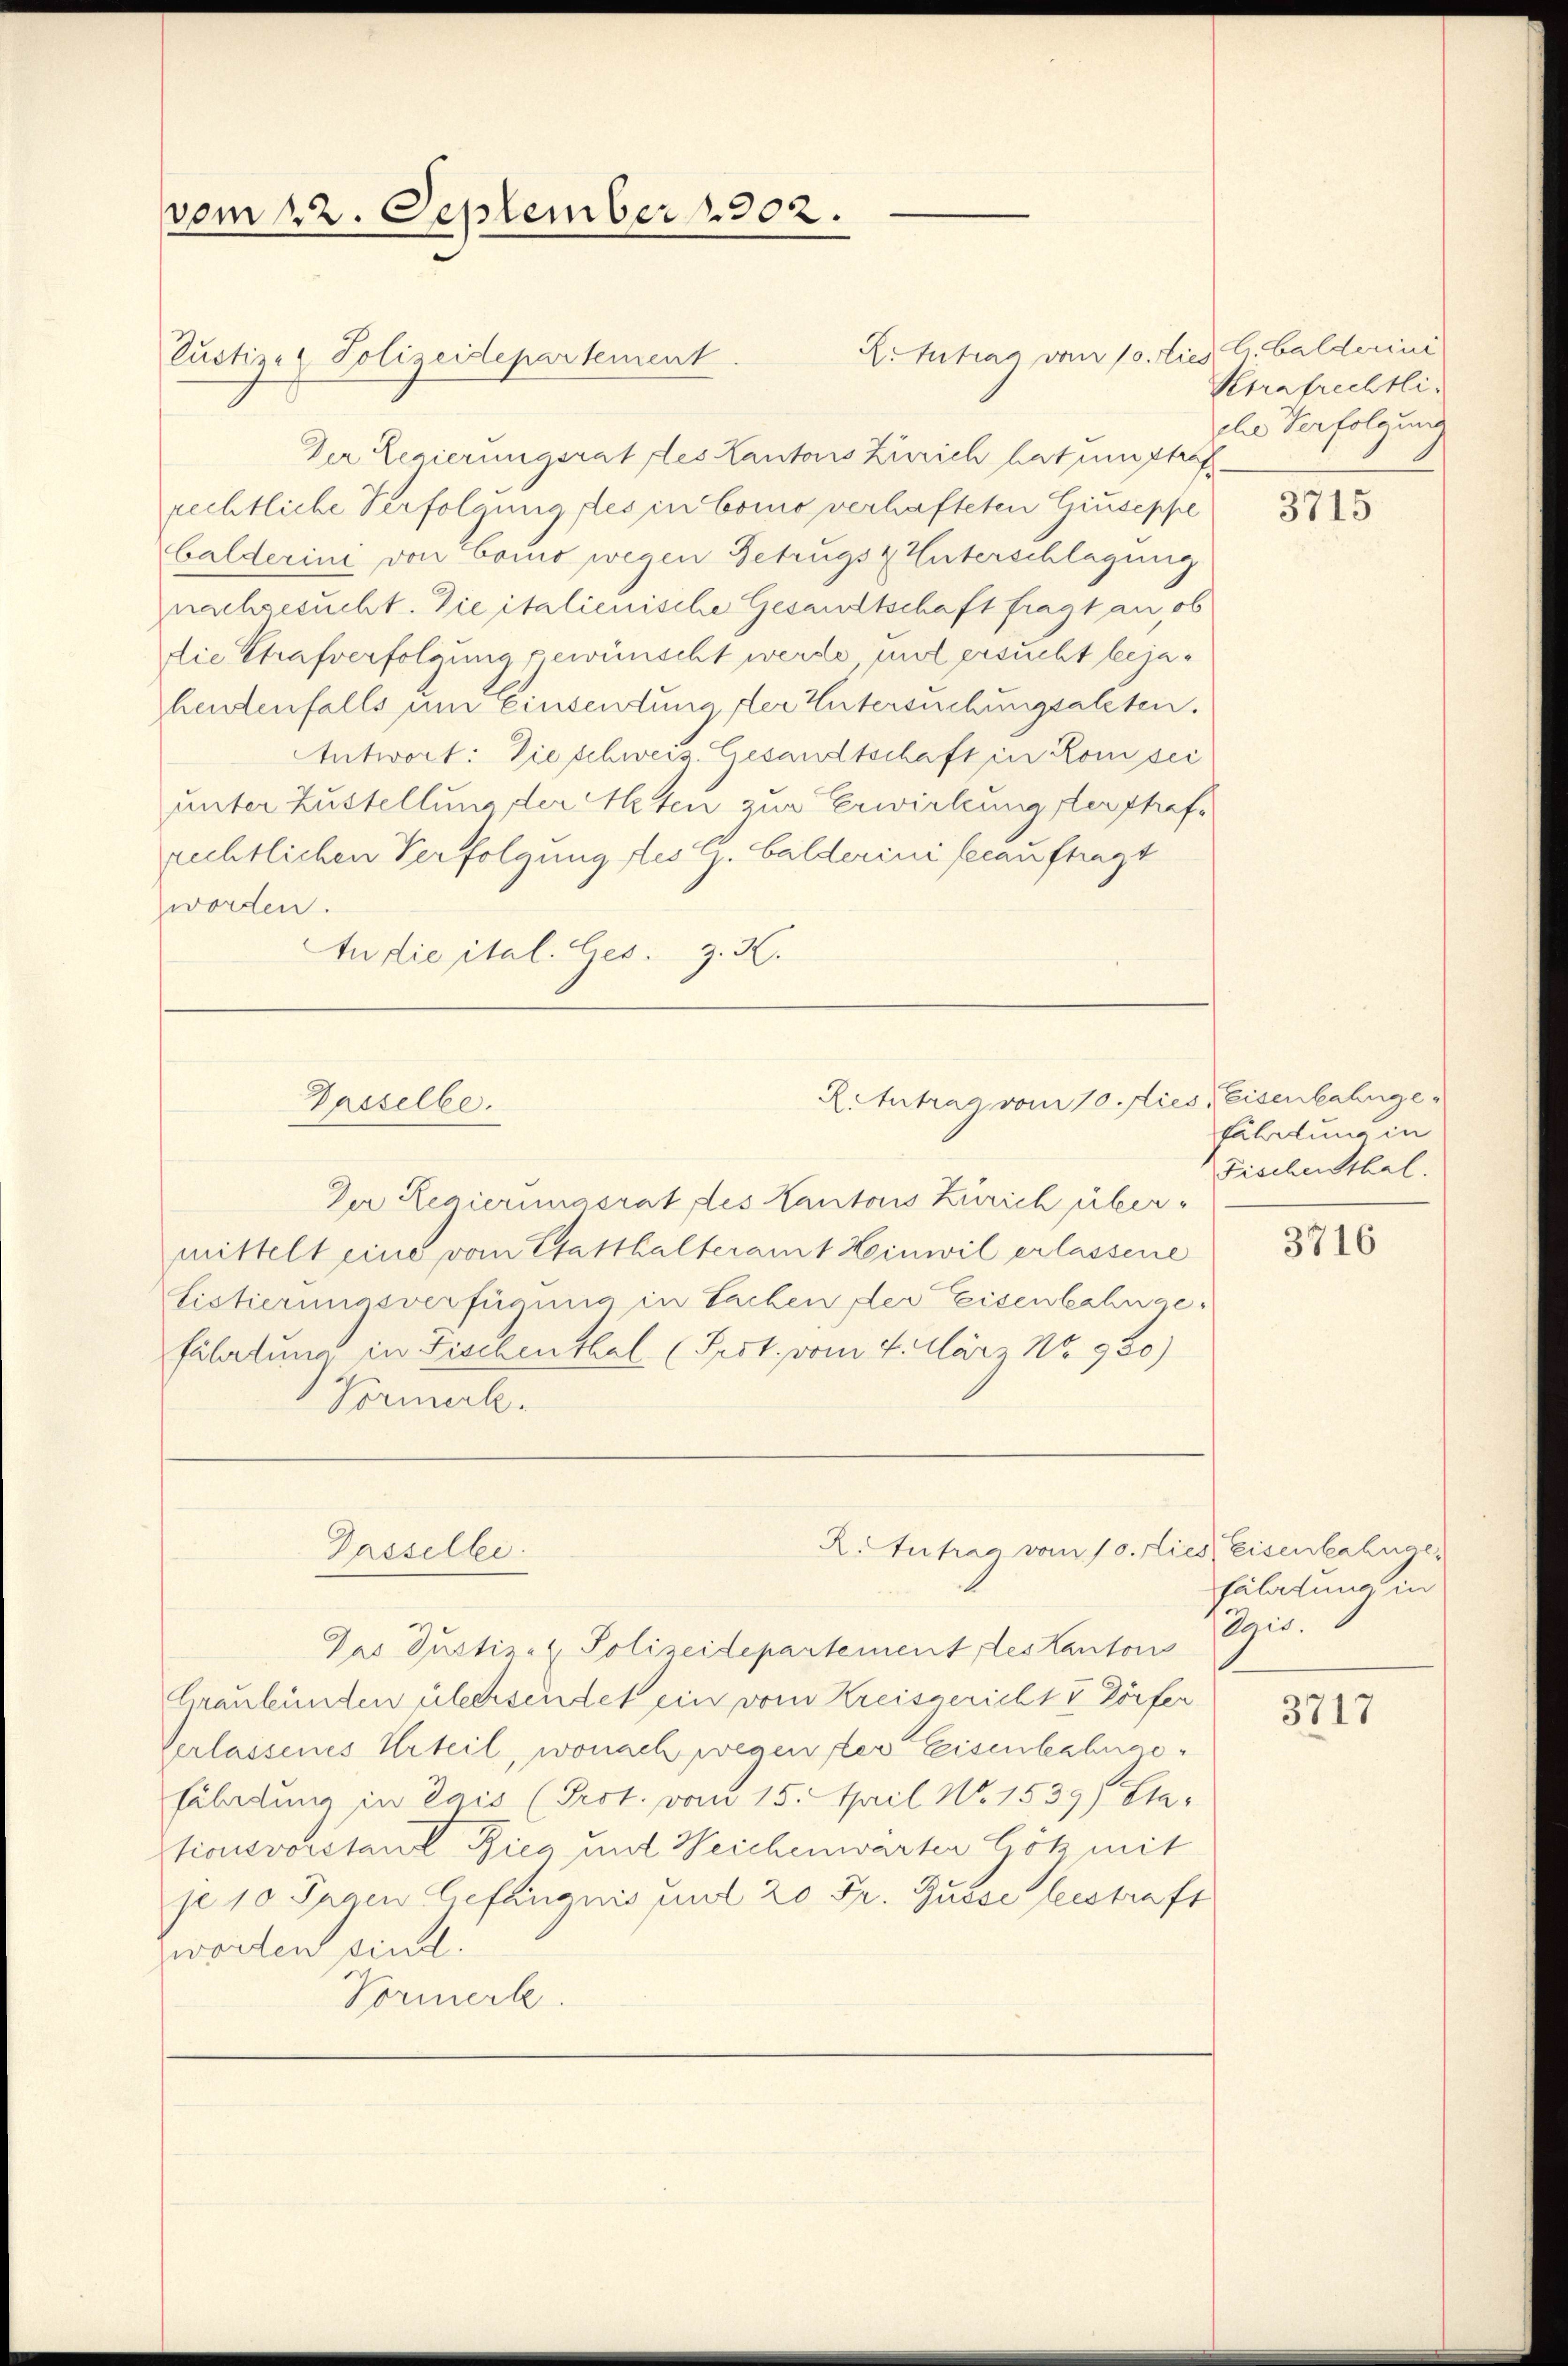
vom 22. September 1902.

Custizel Polizeidepartement
Der Regierungsrat des Kantons Zürich hat umstraf
rechtliche Verfolgung des in Como verhafteten Giuseppe
balderini von Como wegen Getrugs & Unterschlagung
nachgesucht. Die italienische Gesandtschaft fragt an ob
die Strafverfolgung gewünscht werde und ersucht bejahendenfalls um Einsendung der Untersuchungsalten.
Antwort: Die schweiz. Gesandtschaft in Konsei
unter Zustellung, der Meten zur Erwirkung sterstrafrechtlichen Verfolgung des C. Balderini beauftragt
Zworden.
In die ital. Ges. z. B.
Der Regierungsrat des Kantons Zürich übermittelt eine vom Statthalteramt Hinwil erlassene
Listierungsverfügung in Sachen der Eisenbahngefährtung in Fischenthal (Prst. vom 4. März No. 930)
Vormerk.
R.Autrag vom 10. Lies, Eisenbahnge
Gassellei
Das Justiz- & Polizeidepartement des Kanton Egis.
Graubünden übersendet ein vom Kreisgericht V Dörfer
Verlassenes Urteil, wonach wegen der leisenbahnge¬
Eibelung in Lais (Prot. vom 15. April N. 1539, Sta-
tionsvorstant Rica und Reichenwarten Gölz mit
je 10 Seren Gefängnis und 20 Fr. Russe bestraft
worden sind.
Vormerk.

Dasselbe.

L. Zutrag vom 10. dies C. Balderini

RiIntrag vom 10. dies, Eisenbahnge¬

Ktrafrechtlidler Verfolgung

3715

fährtung in
Fischenthal.

3716

faltung in

3717